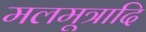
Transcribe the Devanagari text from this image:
मलमूत्रादि